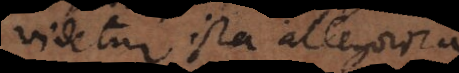
videtur ista allegorica